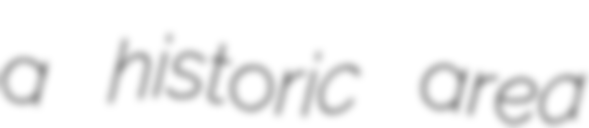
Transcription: a historic area